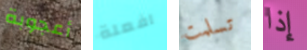
أعجوبة افعلة تسلمت إذا